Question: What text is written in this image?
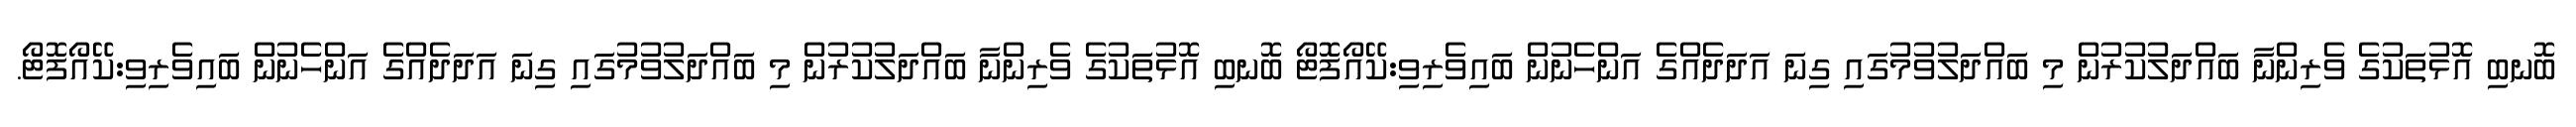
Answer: ބޮނބި އޮޅުތަކުގެ ވެރިންނާ ބައްދަލުކުރުން މި ބައްދަލުވުމުގައި ގިނަ އަދަދެއްގެ އަންހެނުން ބައިވެރިވި:ކޭއޯފޮޓޯ ބޮނބި އޮޅުތަކުގެ ވެރިންނާ ބައްދަލުކުރުން މި ބައްދަލުވުމުގައި ގިނަ އަދަދެއްގެ އަންހެނުން ބައިވެރިވި:ކޭއޯފޮޓޯ.